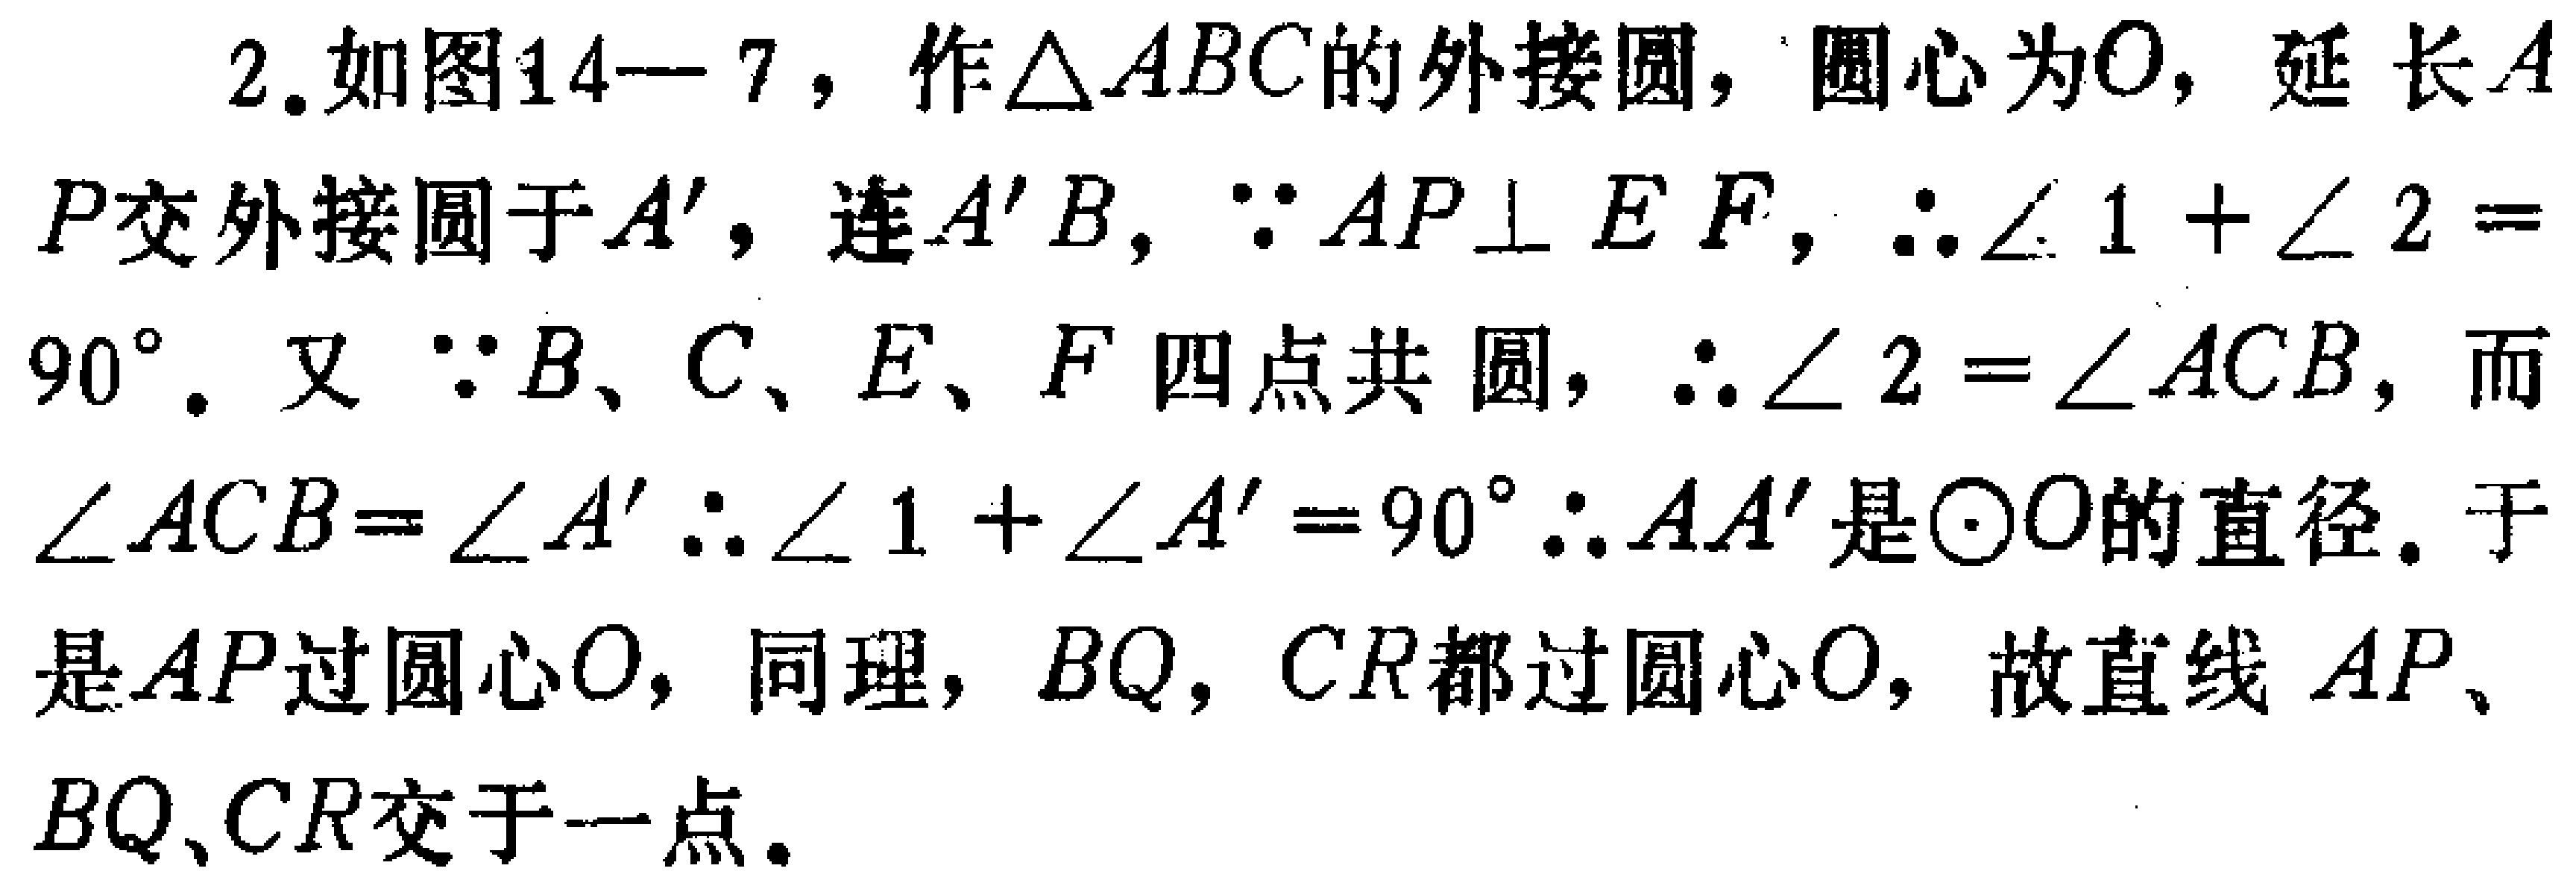
2. 如图14—7，作\(\triangle ABC\)的外接圆，圆心为\(O\)，延长\(AP\)交外接圆于\(A'\)，连\(A'B\)，\(\because AP\perp EF\)，\(\therefore\angle 1 + \angle 2 = 90^{\circ}\)。又\(\because B、C、E、F\)四点共圆，\(\therefore\angle 2 = \angle ACB\)，而\(\angle ACB=\angle A'\) \(\therefore\angle 1 + \angle A' = 90^{\circ}\) \(\therefore AA'\)是\(\odot O\)的直径。于是\(AP\)过圆心\(O\)，同理，\(BQ\)，\(CR\)都过圆心\(O\)，故直线 \(AP\)、\(BQ\)、\(CR\)交于一点。